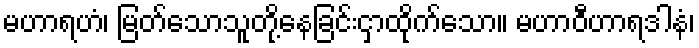
မဟာရဟံ၊ မြတ်သောသူတို့နေခြင်းငှာထိုက်သော။ မဟာဝီဟာရဒါနံ၊